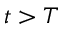
t > T